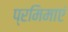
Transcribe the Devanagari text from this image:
प्रमिमाएं